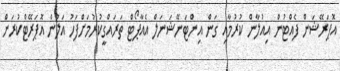
އޮޕަރޭޝަން ފެއްޓުން އިއުލާން ކުރުމާއި ގަން އިންޓަނޭޝަނަލް އެއާޕޯޓް ތަރައްގީކުރުމަށްފަހު އަލުން އޮޕަރޭޓްކުރަން